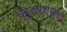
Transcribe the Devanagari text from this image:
वेइटप्रशंसकों